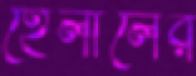
হেলালের